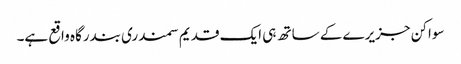
سواکن جزیرے کے ساتھ ہی ایک قدیم سمندری بندرگاہ واقع ہے۔